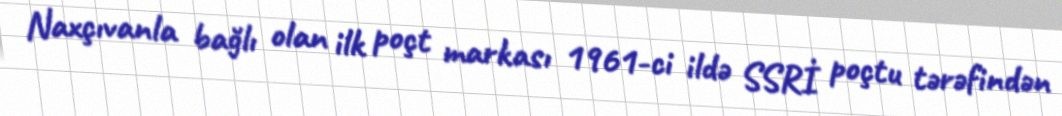
Naxçıvanla bağlı olan ilk poçt markası 1961-ci ildə SSRİ poçtu tərəfindən